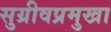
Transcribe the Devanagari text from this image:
सुग्रीवप्रमुखा